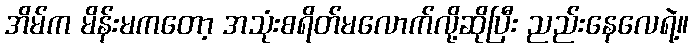
အိမ်က မိန်းမကတော့ အသုံးစရိတ်မလောက်လို့ဆိုပြီး ညည်းနေလေရဲ့။